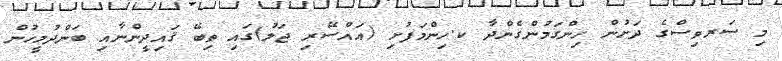
މި ސަރވިސްގެ ދަށުން ހިންގަމުންގެންދާ ކ.ހިންމަފުށި (އައްސޭރި ޖަލު)ގައި ތިބޭ ޤައިދީންނާއި ބަންދުމީހުން